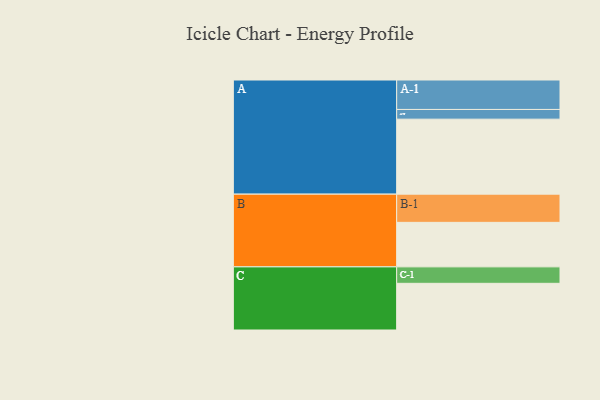
{"axis": {"x": "Segment", "y": "Value"}, "legend": ["", "A", "B", "C"], "data": [{"x": "A", "y": 588, "type": ""}, {"x": "B", "y": 349, "type": ""}, {"x": "C", "y": 366, "type": ""}, {"x": "A-1", "y": 231, "type": "A"}, {"x": "A-2", "y": 76, "type": "A"}, {"x": "B-1", "y": 221, "type": "B"}, {"x": "C-1", "y": 129, "type": "C"}]}